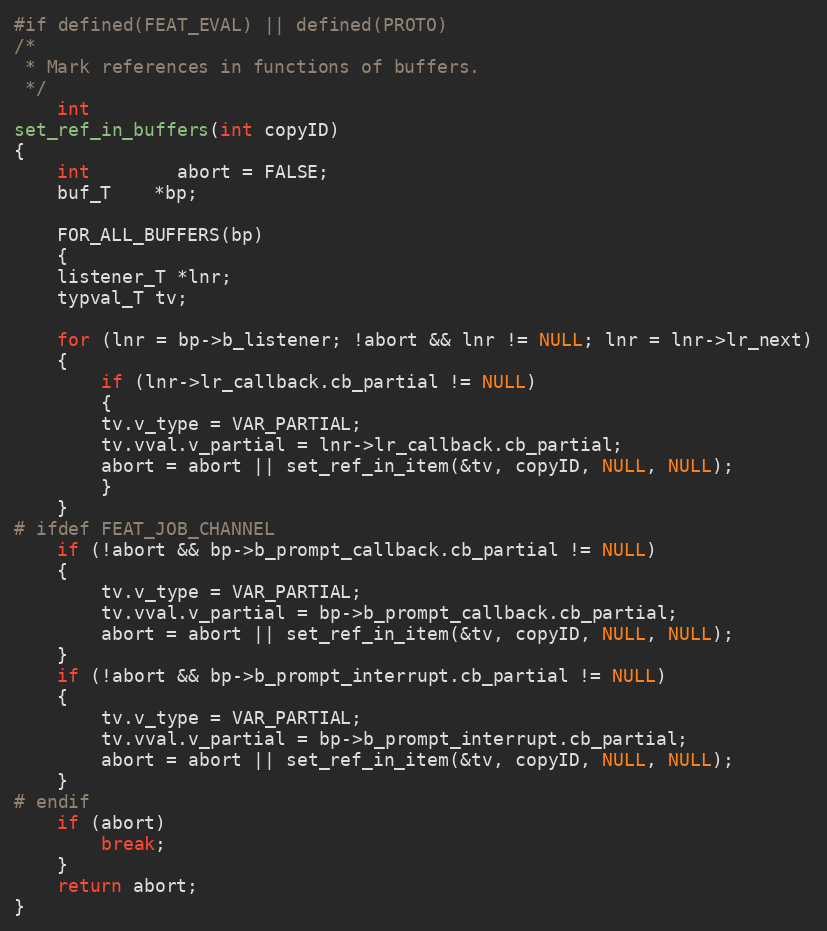
Language: C
#if defined(FEAT_EVAL) || defined(PROTO)
/*
 * Mark references in functions of buffers.
 */
    int
set_ref_in_buffers(int copyID)
{
    int		abort = FALSE;
    buf_T	*bp;

    FOR_ALL_BUFFERS(bp)
    {
	listener_T *lnr;
	typval_T tv;

	for (lnr = bp->b_listener; !abort && lnr != NULL; lnr = lnr->lr_next)
	{
	    if (lnr->lr_callback.cb_partial != NULL)
	    {
		tv.v_type = VAR_PARTIAL;
		tv.vval.v_partial = lnr->lr_callback.cb_partial;
		abort = abort || set_ref_in_item(&tv, copyID, NULL, NULL);
	    }
	}
# ifdef FEAT_JOB_CHANNEL
	if (!abort && bp->b_prompt_callback.cb_partial != NULL)
	{
	    tv.v_type = VAR_PARTIAL;
	    tv.vval.v_partial = bp->b_prompt_callback.cb_partial;
	    abort = abort || set_ref_in_item(&tv, copyID, NULL, NULL);
	}
	if (!abort && bp->b_prompt_interrupt.cb_partial != NULL)
	{
	    tv.v_type = VAR_PARTIAL;
	    tv.vval.v_partial = bp->b_prompt_interrupt.cb_partial;
	    abort = abort || set_ref_in_item(&tv, copyID, NULL, NULL);
	}
# endif
	if (abort)
	    break;
    }
    return abort;
}